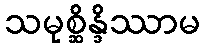
သမုစ္ဆိန္ဒိဿာမ